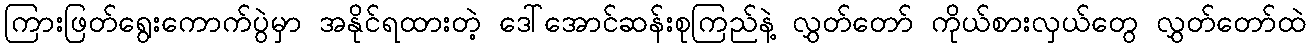
ကြားဖြတ်ရွေးကောက်ပွဲမှာ အနိုင်ရထားတဲ့ ဒေါ်အောင်ဆန်းစုကြည်နဲ့ လွှတ်တော် ကိုယ်စားလှယ်တွေ လွှတ်တော်ထဲ